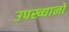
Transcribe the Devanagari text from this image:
उपख्यानों